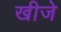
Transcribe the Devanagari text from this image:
खीजे